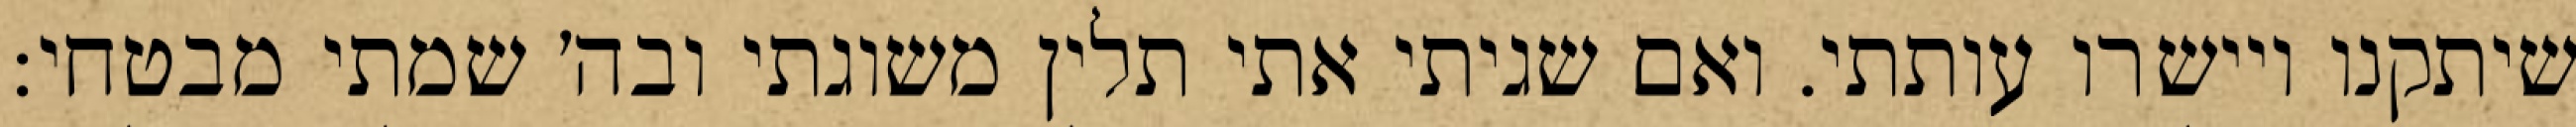
שיתקנו ויישרו עותתי. ואם שגיתי אתי תלין משוגתי ובה׳ שמתי מבטחי: